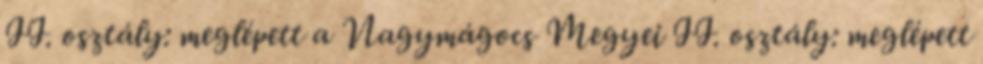
II. osztály: meglépett a Nagymágocs Megyei II. osztály: meglépett